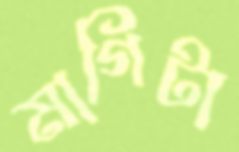
মাগিটা